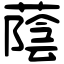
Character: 蔭